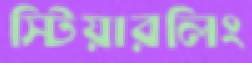
স্টিয়ারলিং